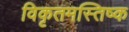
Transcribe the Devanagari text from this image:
विकृतमस्तिष्क